Scientific memoirs by medical officers of the Army of India - Part II,
Year: 1886
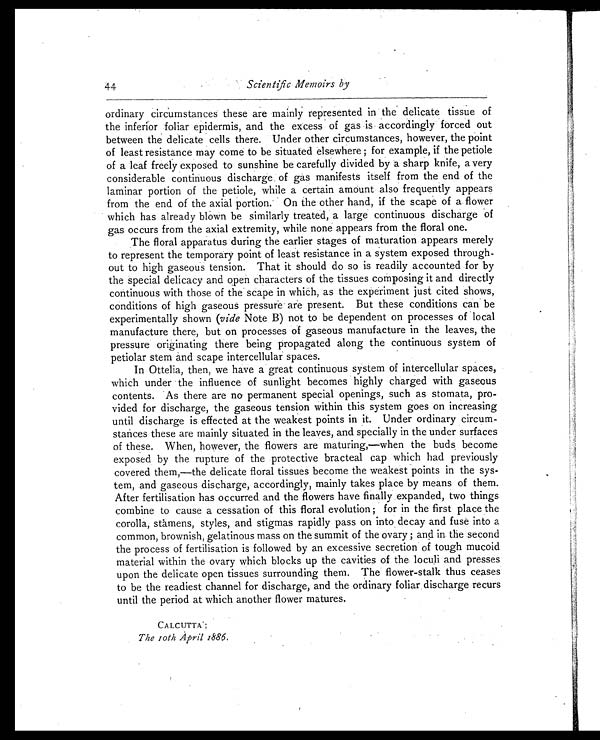
ar
44
Scientific Memoirs by
ordinary circumstances these are mainly represented in the delicate tissue of
the inferior foliar epidermis, and the excess of gas is accordingly forced out
between the delicate cells there. Under other circumstances, however, the point
of least resistance may come to be situated elsewhere; for example, if the petiole
of a leaf freely exposed to sunshine be carefully divided by a sharp knife, a very
considerable continuous discharge of gas manifests itself from the end of the
laminar portion of the petiole, while a certain amount also frequently appears
from the end of the axial portion. On the other hand, if the scape of a. flower
which has already blown be similarly treated, a large continuous discharge of
gas occurs from the axial extremity, while none appears from the floral one.
The floral apparatus during the earlier stages of maturation appears merely
to represent the temporary point of least resistance in a system exposed through-
out to high gaseous tension. That it should do so is readily accounted for by
the special delicacy and open characters of the tissues composing it and directly
continuous with those of the scape in which, as the experiment just cited shows,
conditions of high gaseous pressure are present. But these conditions can be
experimentally shown (vide Note B) not to be dependent on processes of local
manufacture there, but on processes of gaseous manufacture in the leaves, the
pressure originating there being propagated along the continuous system of
petiolar stem and scape intercellular spaces.
In Ottelia, then, we have a great continuous system of intercellular spaces,
which under the influence of sunlight becomes highly charged with gaseous
contents. As there are no permanent special openings, such as stomata, pro-
vided for discharge, the gaseous tension within this system goes on increasing
until discharge is effected at the weakest points in it. Under ordinary circum-
stances these are mainly situated in the leaves, and specially in the under surfaces
of these. When, however, the flowers are maturing,—when the buds become
exposed by the rupture of the protective bracteal cap which had previously
covered them,—the delicate floral tissues become the weakest points in the sys-
tem, and gaseous discharge, accordingly, mainly takes place by means of them.
After fertilisation has occurred and the flowers have finally expanded, two things
combine to cause a cessation of this floral evolution; for in the first place the
corolla, stamens, styles, and stigmas rapidly pass on into decay and fuse into a
common, brownish, gelatinous mass on the summit of the ovary; and in the second
the process of fertilisation is followed by an excessive secretion of tough mucoid
material within the ovary which blocks up the cavities of the loculi and presses
upon the delicate open tissues surrounding them. The flower-stalk thus ceases
to be the readiest channel for discharge, and the ordinary foliar discharge recurs
until the period at which another flower matures.
CALCUTTA;
The 10th April 1886.